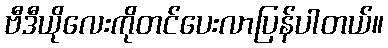
ဗီဒီယိုလေးကိုတင်ပေးလာပြန်ပါတယ်။